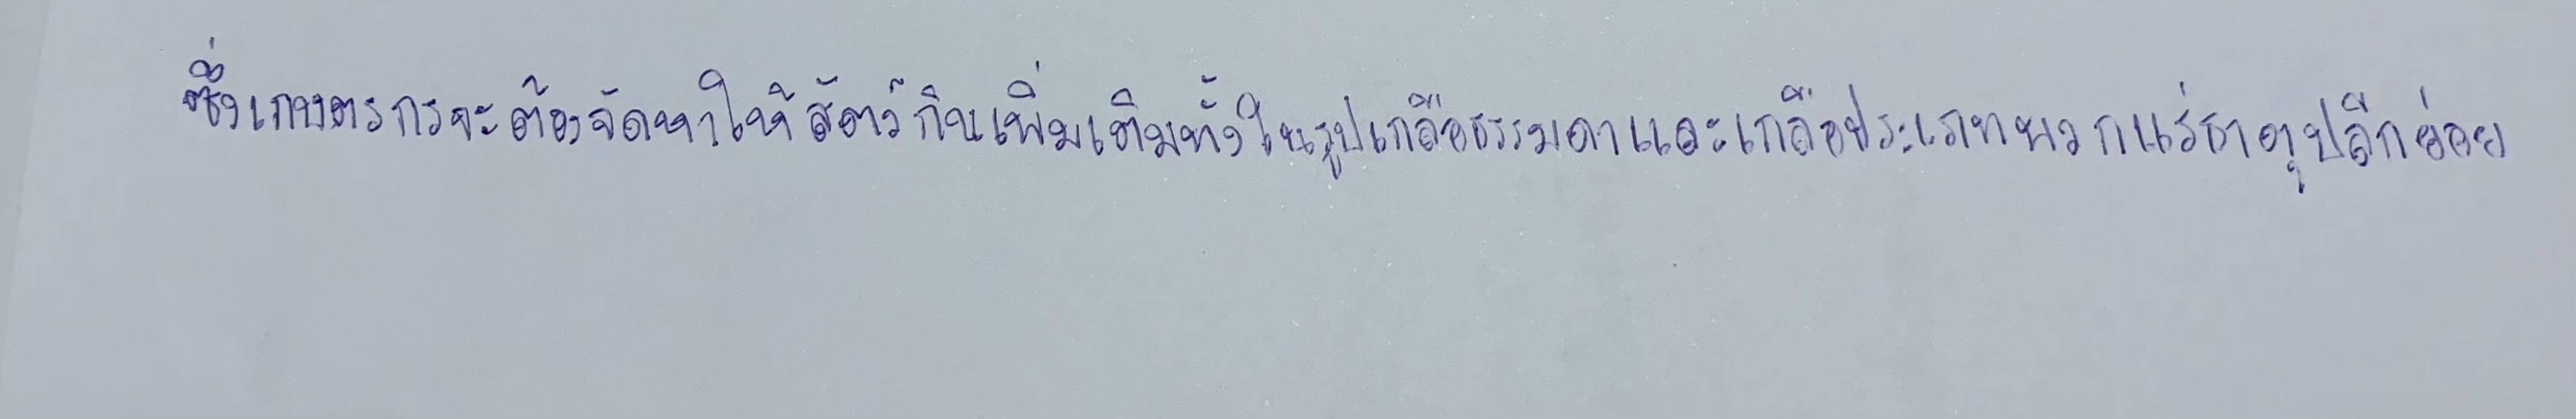
ซึ่งเกษตรกรจะต้องจัดหาให้สัตว์กินเพิ่มเติมทั้งในรูปเกลือธรรมดาและเกลือประเภทพวกแร่ธาตุปลีกย่อย